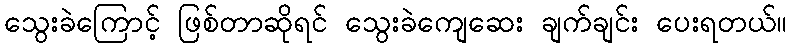
သွေးခဲကြောင့် ဖြစ်တာဆိုရင် သွေးခဲကျေဆေး ချက်ချင်း ပေးရတယ်။